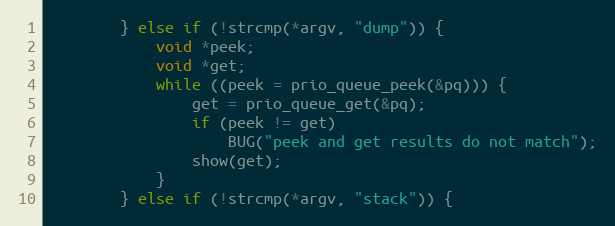
Language: C
		} else if (!strcmp(*argv, "dump")) {
			void *peek;
			void *get;
			while ((peek = prio_queue_peek(&pq))) {
				get = prio_queue_get(&pq);
				if (peek != get)
					BUG("peek and get results do not match");
				show(get);
			}
		} else if (!strcmp(*argv, "stack")) {